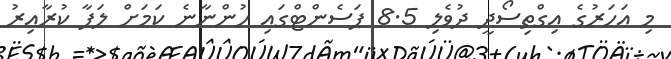
މި އަހަރުގެ އިގްތިސޯދީ ދުވެލި 8.5 ޕަސެންޓްގައި ހުންނާނެ ކަމަށް ލަފާ ކުރާއިރު